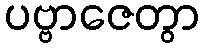
ပဗ္ဗာဇေတွာ